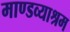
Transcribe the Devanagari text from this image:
माण्डव्याश्रम